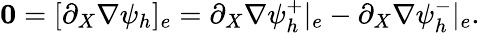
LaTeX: {\mathbf 0}=[\partial_{X}\nabla\psi_{h}]_{e}=\partial_{X}\nabla\psi_{h}^{+}|_{e}-\partial_{X}\nabla\psi_{h}^{-}|_{e}.